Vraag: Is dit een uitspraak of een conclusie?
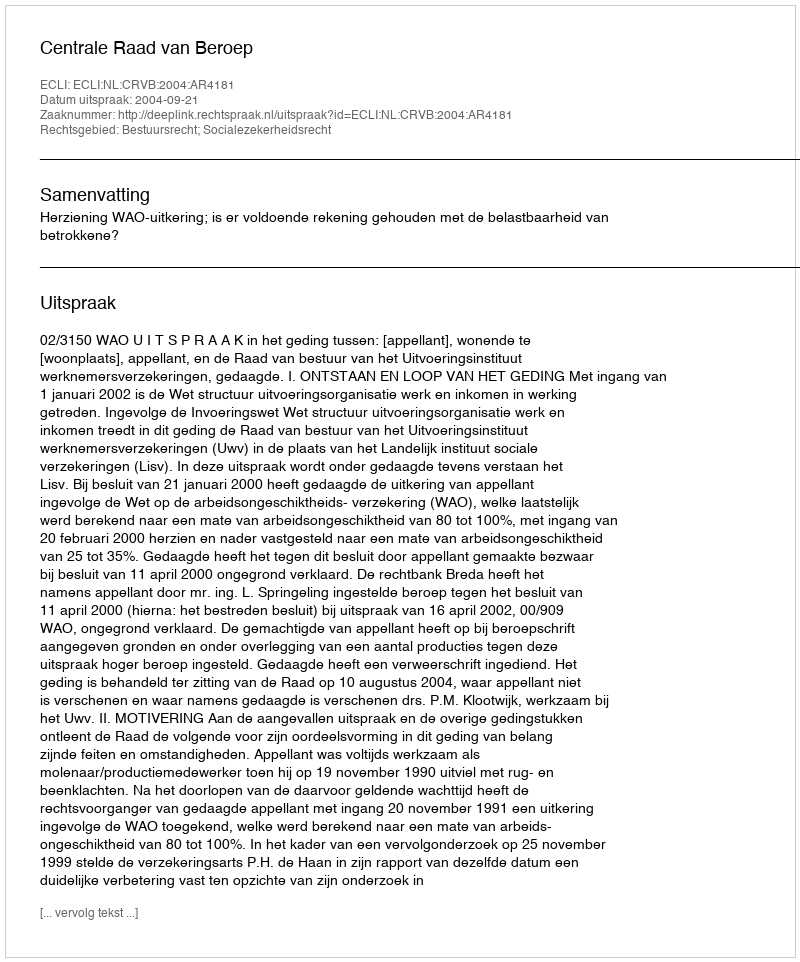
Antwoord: Uitspraak